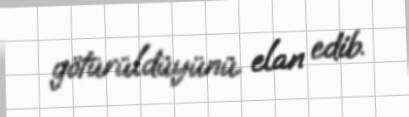
götürüldüyünü elan edib.